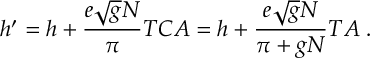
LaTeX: h ^ { \prime } = h + \frac { e \sqrt { g } N } { \pi } T C A = h + \frac { e \sqrt { g } N } { \pi + g N } T A \; .